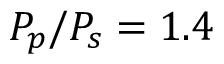
P _ { p } / P _ { s } = 1 . 4